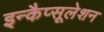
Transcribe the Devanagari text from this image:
इन्कैप्सूलेशन